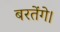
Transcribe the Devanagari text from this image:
बरतेंगे।